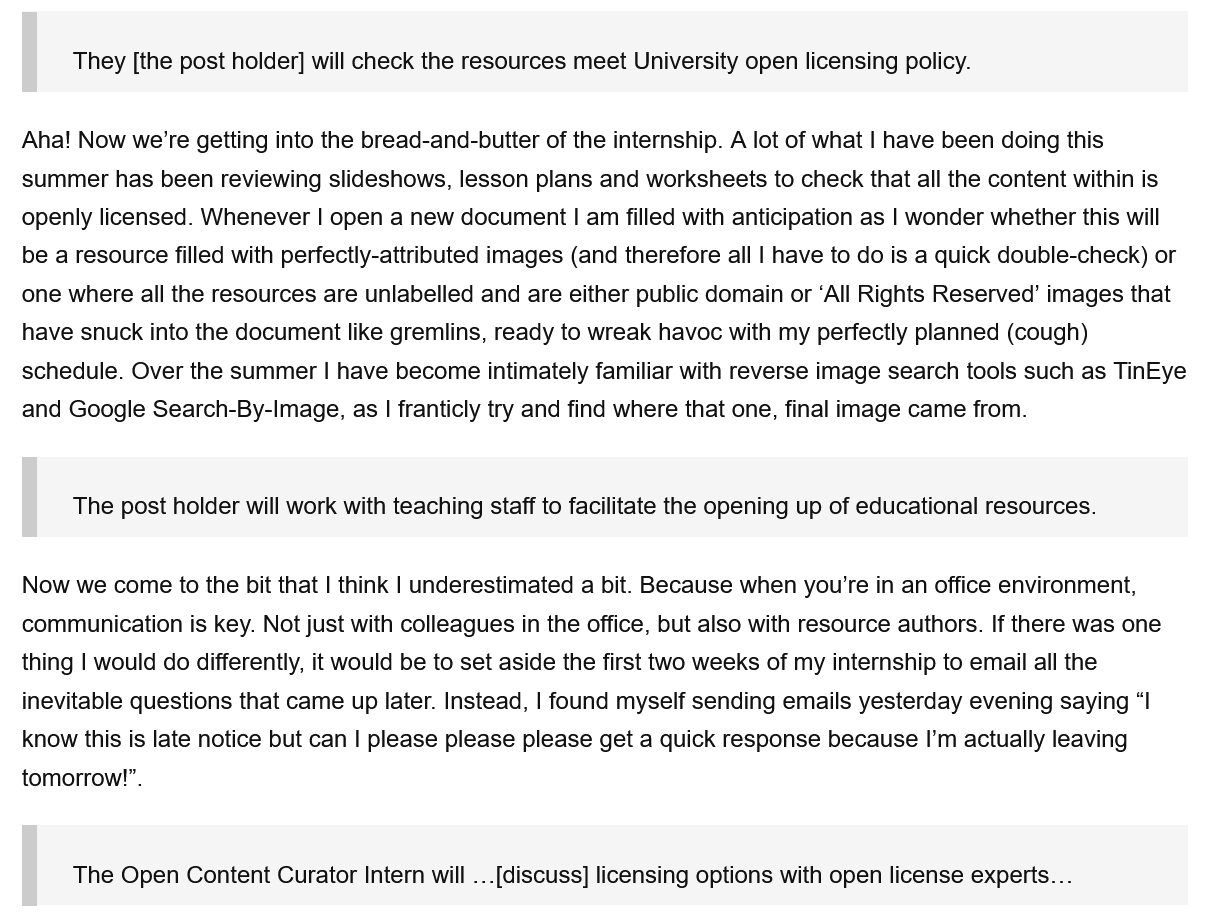
Aha! Now we're getting into the bread-and-butter of the internship. A lot of what | have been doing this
  summer has  been reviewing slideshows, lesson plans and worksheets to check that all the content within is
  openly licensed. Whenever | open a new document | am filled with anticipation as | wonder whether this will
  be a resource filled with perfectly-attributed images (and therefore all | have to do is a quick double-check) or
  one where all the resources are unlabelled and are either public domain or ‘All Rights Reserved’ images that
  have snuck into the document like gremlins, ready to wreak havoc with my perfectly planned (cough)
  schedule. Over the summer | have become intimately familiar with reverse image search tools such as TinEye
  and Google Search-By-Image, as | franticly try and find where that one, final image came from.
  Now  we come to the bit that | think | underestimated a bit. Because when you're in an office environment,
  communication is key. Not just with colleagues in the office, but also with resource authors. If there was one
  thing | would do differently, it would be to set aside the first two weeks of my internship to email all the
  inevitable questions that came up later. Instead, | found myself sending emails yesterday evening saying “I
  know this is late notice but can | please please please get a quick response because I’m actually leaving
  tomorrow!”.
     They [the post holder] will check the resources meet University open licensing policy.
     The post holder will work with teaching staff to facilitate the opening up of educational resources.
     The Open Content Curator Intern will ...[discuss] licensing options with open license experts...